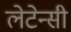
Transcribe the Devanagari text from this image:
लेटेन्सी